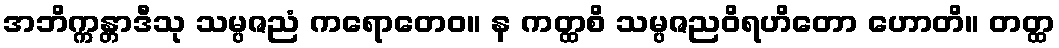
အဘိက္ကန္တာဒီသု သမ္ပဇညံ ကရောတေဝ။ န ကတ္ထစိ သမ္ပဇညဝိရဟိတော ဟောတိ။ တတ္ထ